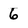
Character: 6